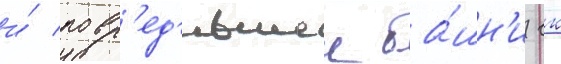
и́ повр'ед'ившеи ба́шн'и гк